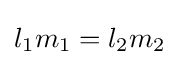
l_{1}m_{1}=l_{2}m_{2}